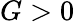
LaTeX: G>0